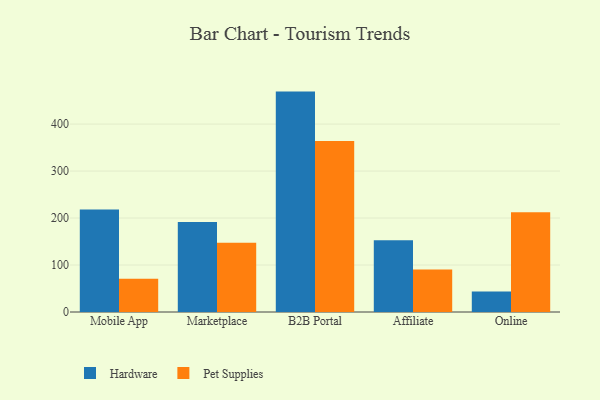
{"axis": {"x": "Channel", "y": "Production Output"}, "legend": ["Hardware", "Pet Supplies"], "data": [{"x": "Mobile App", "y": 218.2, "type": "Hardware"}, {"x": "Mobile App", "y": 70.8, "type": "Pet Supplies"}, {"x": "Marketplace", "y": 191.7, "type": "Hardware"}, {"x": "Marketplace", "y": 147.5, "type": "Pet Supplies"}, {"x": "B2B Portal", "y": 469.1, "type": "Hardware"}, {"x": "B2B Portal", "y": 364.1, "type": "Pet Supplies"}, {"x": "Affiliate", "y": 152.5, "type": "Hardware"}, {"x": "Affiliate", "y": 90.5, "type": "Pet Supplies"}, {"x": "Online", "y": 43.5, "type": "Hardware"}, {"x": "Online", "y": 212.2, "type": "Pet Supplies"}]}